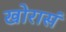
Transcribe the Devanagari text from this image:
खोरासं